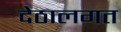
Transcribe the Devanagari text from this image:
देठालगत